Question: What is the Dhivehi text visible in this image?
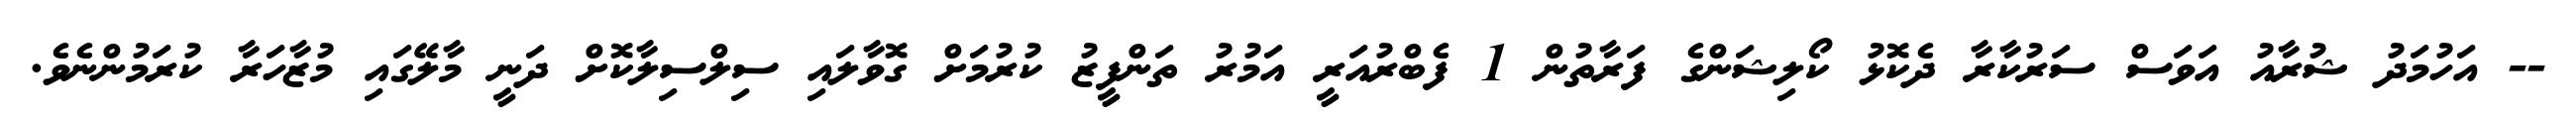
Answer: -- އަހުމަދު ޝުރާއު އަވަސް ސަރުކާރާ ދެކޮޅު ކޯލިޝަންގެ ފަރާތުން 1 ފެބްރުއަރީ އަމުރު ތަންފީޒު ކުރުމަށް ގޮވާލައި ސިލްސިލާކޮށް ދަނީ މާލޭގައި މުޒާހަރާ ކުރަމުންނެވެ.